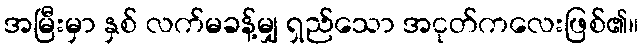
အမြီးမှာ နှစ် လက်မခန့်မျှ ရှည်သော အငုတ်ကလေးဖြစ်၏။